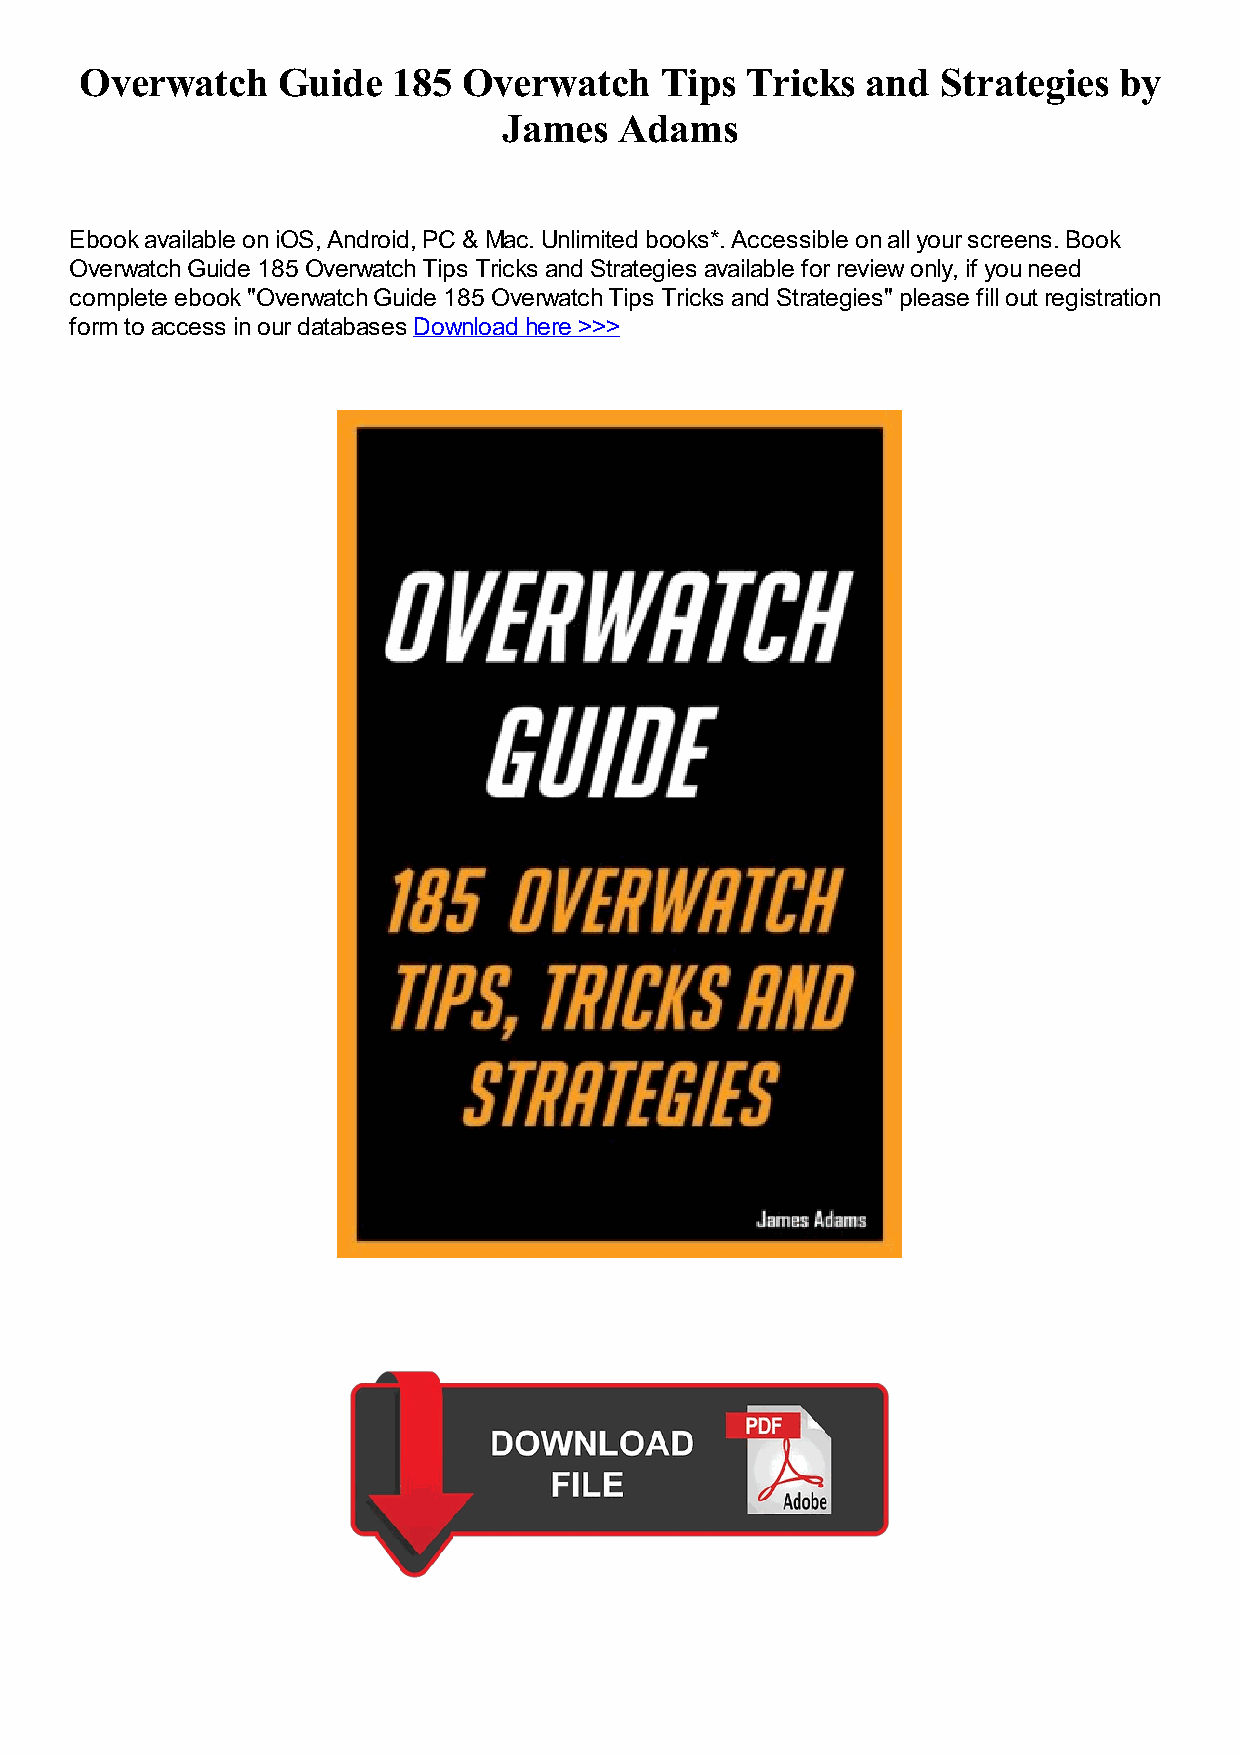
Overwatch    Guide   185  Overwatch    Tips Tricks  and  Strategies  by
 James   Adams
 Ebook available on iOS, Android, PC & Mac. Unlimited books*. Accessible on all your screens. Book
 Overwatch Guide 185 Overwatch Tips Tricks and Strategies available for review only, if you need
 complete ebook "Overwatch Guide 185 Overwatch Tips Tricks and Strategies" please fill out registration
 form to access in our databases Download here >>>